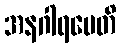
အနဂါရမေတိ